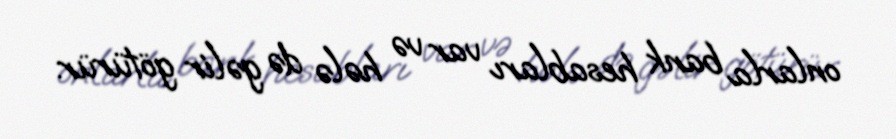
onlarla bank hesabları var və hələ də gəlir götürür.